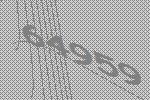
64959